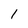
Character: 1